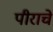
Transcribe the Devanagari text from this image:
पीराचे